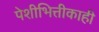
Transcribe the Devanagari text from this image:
पेशीभित्तीकाही